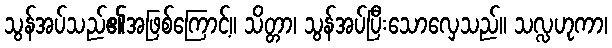
သွန်အပ်သည်၏အဖြစ်ကြောင့်။ သိတ္တာ၊ သွန်အပ်ပြီးသောလှေသည်။ သလ္လဟုကာ၊